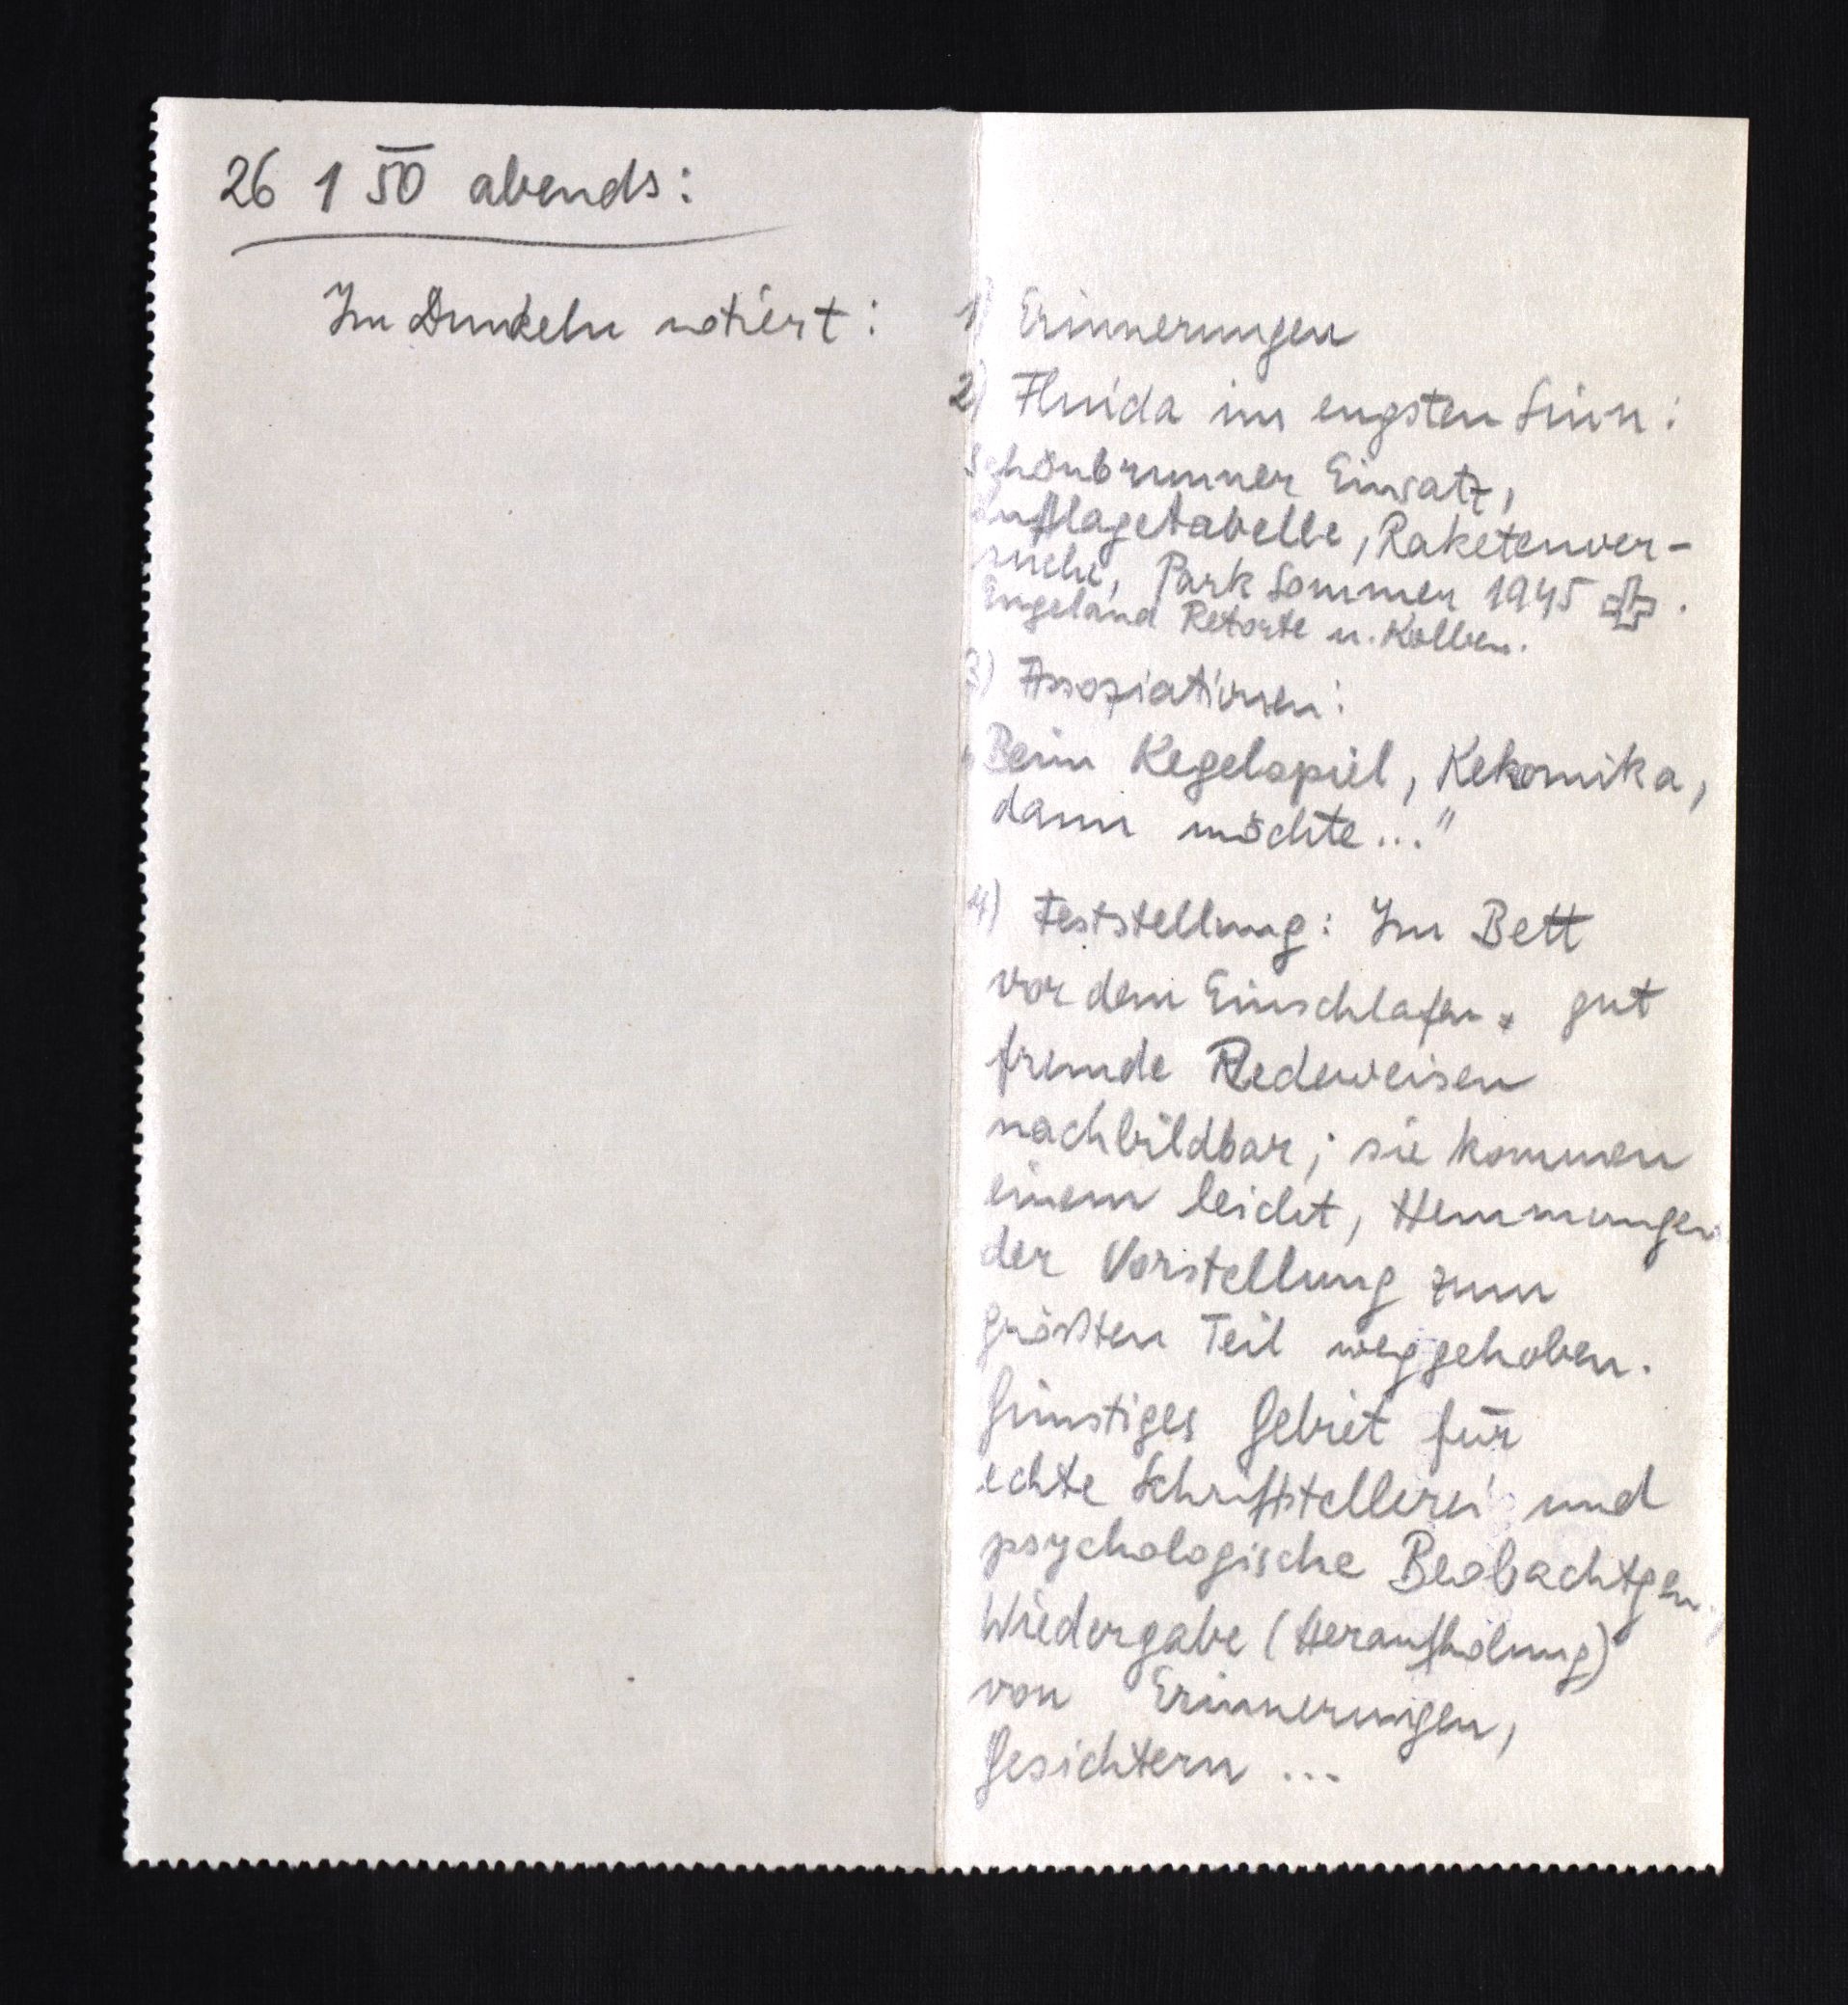
26 1 50 abends:
Im Dunkeln notiert: 1)Erinnerungen
2)Fluida im engsten Sinn:
Schönbrunner Einsatz,
Luftlagetabelle, Raketenver¬
suche, Park Sommer 1945 Kreuz.
Engeland Retorte u. Kolben.3)
Assoziationen:
"Beim Kegelspiel, Kekomika,
dann möchte ..."
4)Feststellung: Im Bett
vor dem Einschlafen, gut
fremde Redeweisen
nachbildbar; sie kommen
einem leicht, Hemmungen
der Vorstellung zum
größten Teil weggehoben.
Günstiges Gebiet für
echte Schriftstellerei und
psychologische Beobachtungen
Wiedergabe (Heraufholung)
von Erinnerungen,
Gesichtern ...